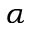
\alpha